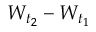
W _ { t _ { 2 } } - W _ { t _ { 1 } }